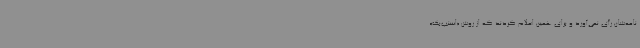
نامه‌شان رأی نمی‌آورد و برای همین اعلام کردند که از روش «اسنپ‌بک»